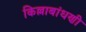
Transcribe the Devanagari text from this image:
किल्लाबांधणी